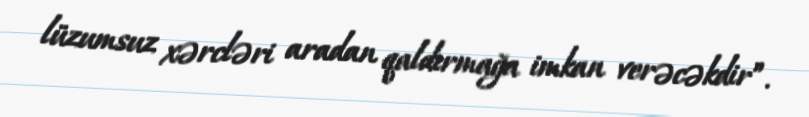
lüzumsuz xərcləri aradan qaldırmağa imkan verəcəkdir”.